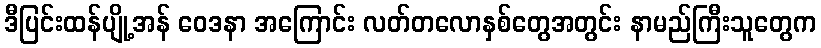
ဒီပြင်းထန်ပျို့အန် ဝေဒနာ အကြောင်း လတ်တလောနှစ်တွေအတွင်း နာမည်ကြီးသူတွေက